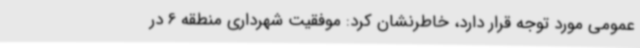
عمومی مورد توجه قرار دارد، خاطرنشان کرد: موفقیت شهرداری منطقه 6 در